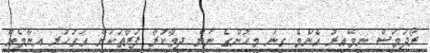
ރޯދަމަސް ނިމޭއިރު އެންމެ ގިނަ މީހުންގެ ނަން ދިމާކުރާ ފަރާތަކަށް އަގުހުރި އިނާމެއް